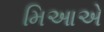
મિઆએ